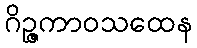
ဂိဉ္ဇကာဝသထေန